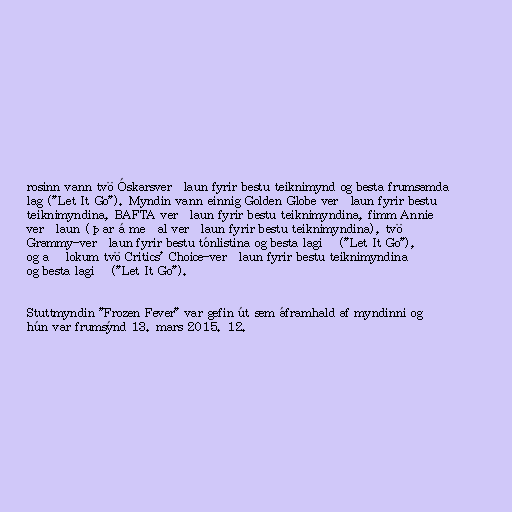
rosinn vann tvö Óskarsverðlaun fyrir bestu teiknimynd og besta frumsamda
lag ("Let It Go"). Myndin vann einnig Golden Globe verðlaun fyrir bestu
teiknimyndina, BAFTA verðlaun fyrir bestu teiknimyndina, fimm Annie
verðlaun (þar á meðal verðlaun fyrir bestu teiknimyndina), tvö
Grammy-verðlaun fyrir bestu tónlistina og besta lagið ("Let It Go"),
og að lokum tvö Critics' Choice-verðlaun fyrir bestu teiknimyndina
og besta lagið ("Let It Go").

Stuttmyndin "Frozen Fever" var gefin út sem áframhald af myndinni og
hún var frumsýnd 13. mars 2015. 12.